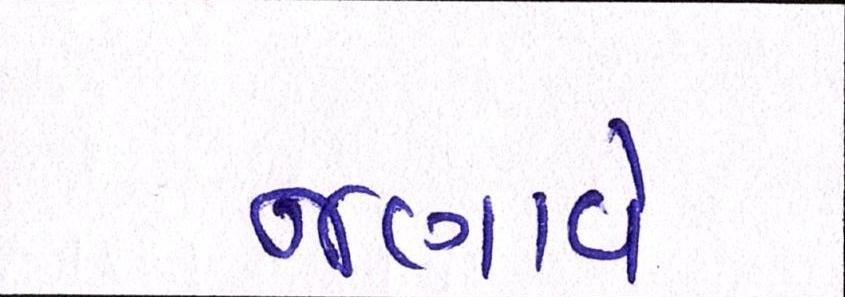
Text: જણાવે